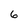
Character: 6